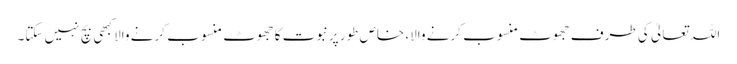
اللہ تعالیٰ کی طرف جھوٹ منسوب کرنے والا، خاص طور پرنبوت کا جھوٹ منسوب کرنے والا کبھی بچ نہیں سکتا۔